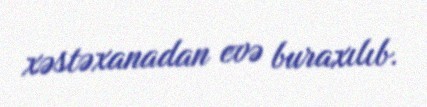
xəstəxanadan evə buraxılıb.